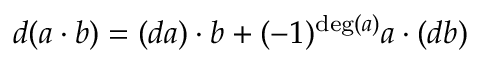
d ( a \cdot b ) = ( d a ) \cdot b + ( - 1 ) ^ { \deg ( a ) } a \cdot ( d b )